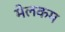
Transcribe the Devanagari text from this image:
मेलकम